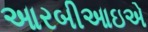
આરબીઆઇએ